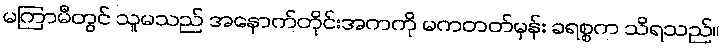
မကြာမီတွင် သူမသည် အနောက်တိုင်းအကကို မကတတ်မှန်း ခရစ္စက သိရသည်။